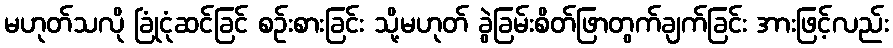
မဟုတ်သလို ခြုံငုံဆင်ခြင် စဉ်းစားခြင်း သို့မဟုတ် ခွဲခြမ်းစိတ်ဖြာတွက်ချက်ခြင်း အားဖြင့်လည်း